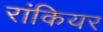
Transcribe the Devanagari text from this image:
रांकियर